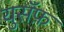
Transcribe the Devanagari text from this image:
युसॅफ़